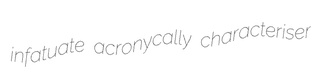
infatuate acronycally characteriser